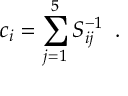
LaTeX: c _ { i } = \sum _ { j = 1 } ^ { 5 } S _ { i j } ^ { - 1 } \, \, \, .